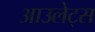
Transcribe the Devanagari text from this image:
आउलेट्स